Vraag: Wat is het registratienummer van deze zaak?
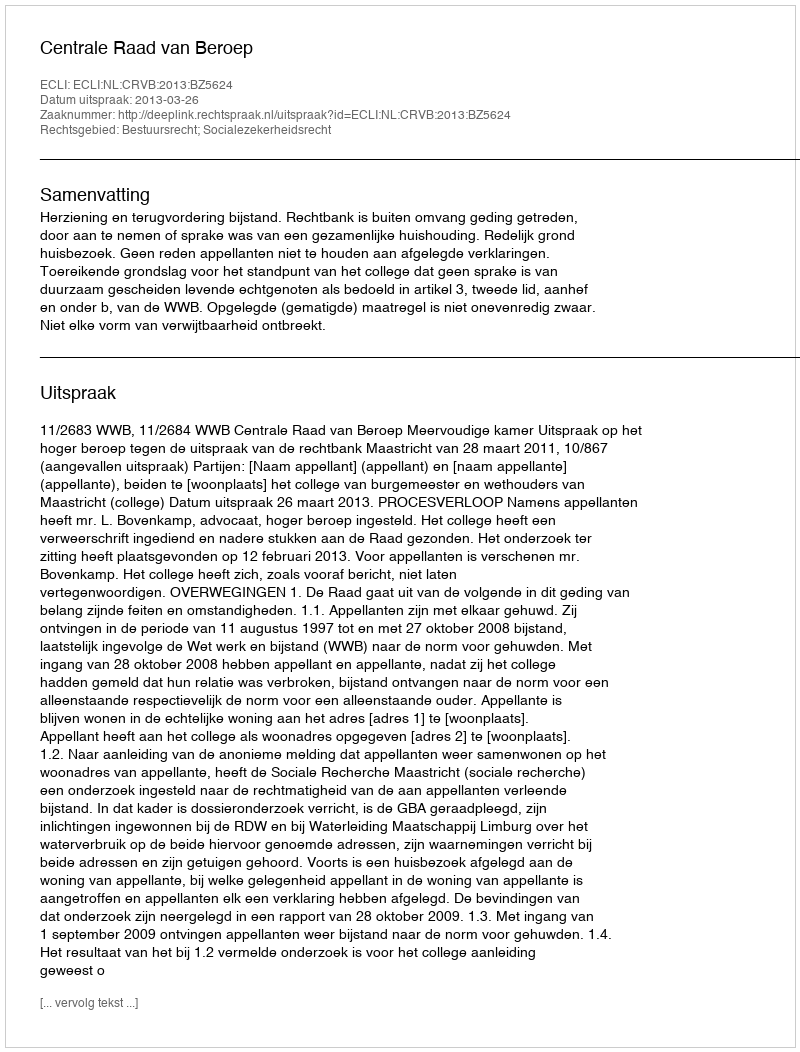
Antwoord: http://deeplink.rechtspraak.nl/uitspraak?id=ECLI:NL:CRVB:2013:BZ5624